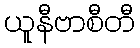
ယူနီဗာစီတီ